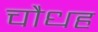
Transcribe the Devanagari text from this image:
चौधह